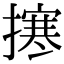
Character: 㩃